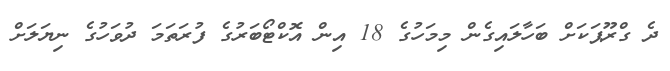
ދެ ގްރޫޕަކަށް ބަހާލައިގެން މިމަހުގެ 18 އިން އޮކްޓޯބަރުގެ ފުރަތަމަ ދުވަހުގެ ނިޔަލަށް